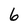
Character: 6